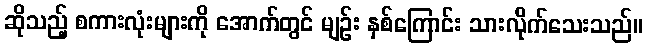
ဆိုသည့် စကားလုံးများကို အောက်တွင် မျဉ်း နှစ်ကြောင်း သားလိုက်သေးသည်။